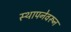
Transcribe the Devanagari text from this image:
स्थापनेवरून